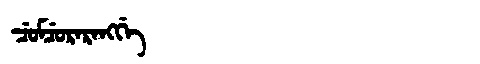
Manchu: ᠴᡠᠮᠴᡠᡵᠠᡵᠠᠩᡤᡝ
Romanization: CUMCURARANGGE